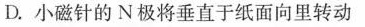
D.小磁针的N极将垂直于纸面向里转动